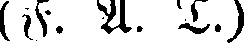
(F. A. T.)